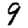
Digit: 9